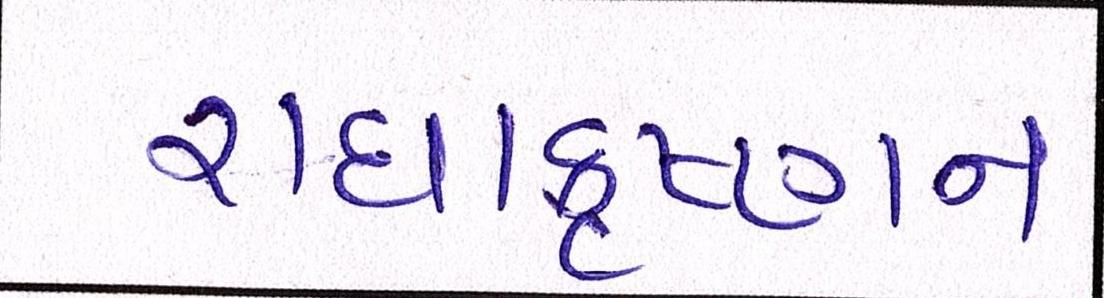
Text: રાધાકૃષ્ણન